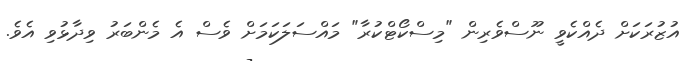
އުޒުރަކަށް ދެއްކެވީ ނޫސްވެރިން "މިސްކޯޓްކުރާ" މައްސަލަކަމަށް ވެސް އެ މެންބަރު ވިދާޅުވި އެވެ.